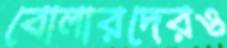
বোলারদেরও